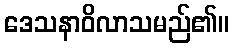
ဒေသနာဝိလာသမည်၏။